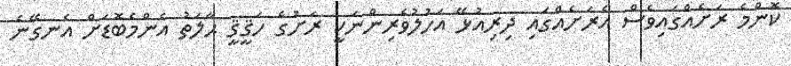
ކޮންމެ ރަށެއްގައިވެސް އެރަށެއްގައި ދިރިއުޅޭ އަހުލުވެރިންނަކީ ރަށުގެ ހަޤީޤީ ޙާލަތު އެންމެބޮޑަށް އެނގޭނެ